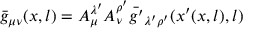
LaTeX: \bar { g } _ { \mu \nu } ( x , l ) = A _ { \mu } ^ { \lambda ^ { \prime } } A _ { \nu } ^ { \rho ^ { \prime } } \bar { g ^ { \prime } } _ { \lambda ^ { \prime } \rho ^ { \prime } } ( x ^ { \prime } ( x , l ) , l )